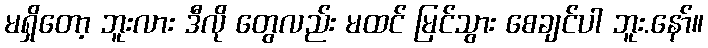
မရှိတော့ ဘူးလား ဒီလို တွေလည်း မထင် မြင်သွား စေချင်ပါ ဘူး.နော်။